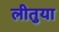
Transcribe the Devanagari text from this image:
लीतुया